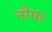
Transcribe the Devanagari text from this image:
नीमर